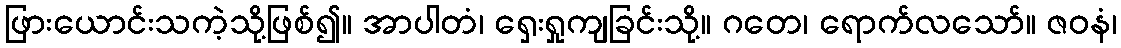
ဖြားယောင်းသကဲ့သို့ဖြစ်၍။ အာပါတံ၊ ရှေးရှုကျခြင်းသို့။ ဂတေ၊ ရောက်လသော်။ ဇဝနံ၊